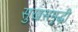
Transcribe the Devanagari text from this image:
सुखसमृद्धी